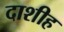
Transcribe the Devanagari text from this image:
दाशीह